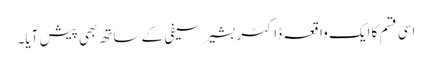
اسی قسم کا ایک واقعہ ڈاکٹر بشیر سیفی کے ساتھ بھی پیش آیا۔